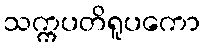
သက္ကပတိရူပကော